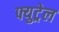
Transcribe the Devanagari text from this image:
फ्युट्रेल